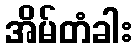
အိမ်တံခါး